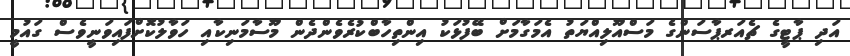
އަދި ޕާޓީގެ ޗެއަރޕާސަންގެ މަސްއޫލިއްޔަތު އެމަގާމަށް ބޭފުޅަކު އިންތިހާބްކުރެވެންދެން މޫސާމަނިކާއި ހަވާލުކޮށްފައިވަނީވެސް ގައުމީ